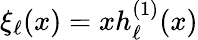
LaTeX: \xi_{\ell}(x)=xh_{\ell}^{(1)}(x)